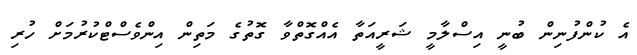
އެ ކުންފުނިން ބުނީ އިސްލާމީ ޝަރީއަތާ އެއްގޮތްވާ ގޮތުގެ މަތިން އިންވެސްޓްކުރުމަށް ހުރި